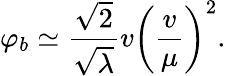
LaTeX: \varphi_{b}\simeq\frac{\sqrt{2}}{\sqrt{\lambda}}v\left(\frac{v}{\mu}\right)^{2}.